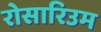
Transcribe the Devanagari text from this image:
रोसारिउम